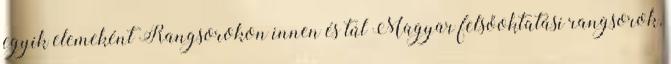
egyik elemeként Rangsorokon innen és túl Magyar felsőoktatási rangsorok,